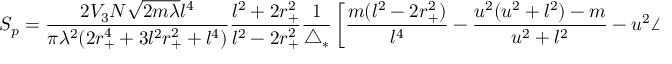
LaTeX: S _ { p } = \frac { 2 V _ { 3 } N \sqrt { 2 m \lambda } l ^ { 4 } } { \pi \lambda ^ { 2 } ( 2 r _ { + } ^ { 4 } + 3 l ^ { 2 } r _ { + } ^ { 2 } + l ^ { 4 } ) } \frac { l ^ { 2 } + 2 r _ { + } ^ { 2 } } { l ^ { 2 } - 2 r _ { + } ^ { 2 } } \frac { 1 } { \triangle _ { * } } \left[ \frac { m ( l ^ { 2 } - 2 r _ { + } ^ { 2 } ) } { l ^ { 4 } } - \frac { u ^ { 2 } ( u ^ { 2 } + l ^ { 2 } ) - m } { u ^ { 2 } + l ^ { 2 } } - u ^ { 2 } \triangle _ { * } \right] ,